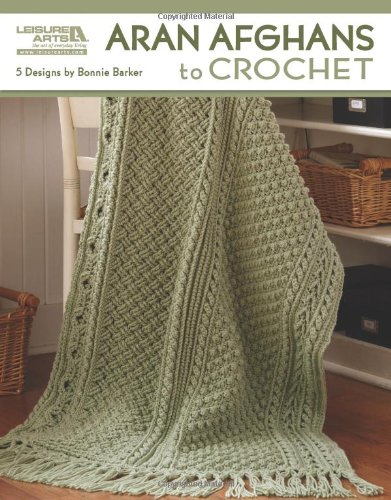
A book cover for Aran Afghans to Crochet  (Leisure Arts #4948); Bonnie Marie Barker; Crafts, Hobbies & Home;